Indian journal of veterinary science and animal husbandry - Volume 3,
Year: 1933
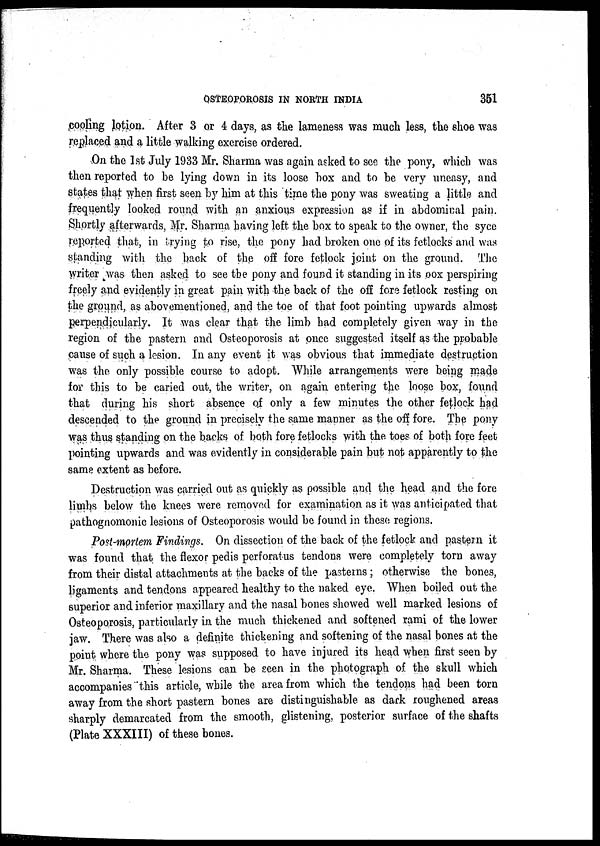
OSTEOPOROSIS IN NORTH INDIA
351
cooling lotion. After 3 or 4 days, as the lameness was much less, the shoe was
replaced and a little walking exercise ordered.
On the 1st July 1933 Mr. Sharma was again asked to see the pony, which was
then reported to be lying down in its loose box and to be very uneasy, and
states that when first seen by him at this time the pony was sweating a little and
frequently looked round with an anxious expression as if in abdominal pain.
Shortly afterwards, Mr. Sharma having left the box to speak to the owner, the syce
reported that, in trying to rise, the pony had broken one of its fetlocks and was
standing with the back of the off fore fetlock joint on the ground. The
writer was then asked to see the pony and found it standing in its pox perspiring
freely and evidently in great pain with the back of the off fore fetlock resting on
the ground, as abovementioned, and the toe of that foot pointing upwards almost
perpendicularly. It was clear that the limb bad completely given way in the
region of the pastern and Osteoporosis at once suggested itself as the probable
cause of such a lesion. In any event it was obvious that immediate destruction
was the only possible course to adopt. While arrangements were being made
for this to be caried out, the writer, on again entering the loose box, found
that during his short absence of only a few minutes the other fetlock had
descended to the ground in precisely the same manner as the off fore. The pony
was thus standing on the backs of both fore fetlocks with the toes of both fore feet
pointing upwards and was evidently in considerable pain but not apparently to the
same extent as before.
Destruction was carried out as quickly as possible and the head and the fore
limbs below the knees were removed for examination as it was anticipated that
pathognomonic lesions of Osteoporosis would be found in these regions.
Post-mortem Findings. On dissection of the back of the fetlock and pastern it
was found that the flexor pedis perforatus tendons were completely torn away
from their distal attachments at the backs of the pasterns; otherwise the bones,
ligaments and tendons appeared healthy to the naked eye. When boiled out the.
superior and inferior maxillary and the nasal bones showed well marked lesions of
Osteoporosis, particularly in the much thickened and softened rami of the lower
jaw. There was also a definite thickening and softening of the nasal bones at the
point where the pony was supposed to have injured its head when first seen by
Mr. Sharma. These lesions can be seen in the photograph of the skull which
accompanies this article, while the area from which the tendons had been torn
away from the short pastern bones are distinguishable as dark roughened areas
sharply demarcated from the smooth, glistening, posterior surface of the shafts
(Plate XXXIII) of these bones.